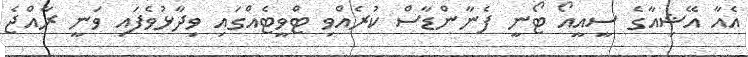
އެއާ އޭޝިއާގެ ސީއީއޯ ޓޯނީ ފެނާންޑާސް ކުރެއްވި ޓްވީޓެއްގައި ވިދާޅުވެފައި ވަނީ ރާއްޖެ